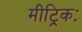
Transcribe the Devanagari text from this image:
मीट्रिकः